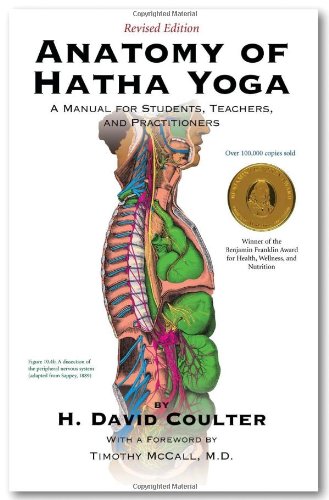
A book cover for Anatomy of Hatha Yoga: A Manual for Students, Teachers, and Practitioners; David H. Coulter; Health, Fitness & Dieting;